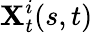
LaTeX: \mathbf{X}_{t}^{i}(s,t)